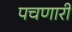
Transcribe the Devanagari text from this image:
पचणारी